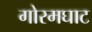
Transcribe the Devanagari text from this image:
गोरमघाट